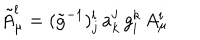
LaTeX: \tilde { A } _ { \mu } ^ { l } = ( \tilde { g } ^ { - 1 } ) { } _ { j } ^ { l } \, a _ { k } ^ { j } \, g _ { i } ^ { k } \, A _ { \mu } ^ { i }